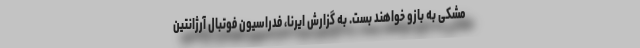
مشکی به بازو خواهند بست. به گزارش ایرنا، فدراسیون فوتبال آرژانتین